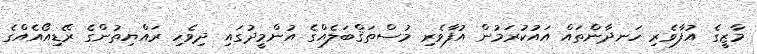
މާޒީގެ އުފާވެރި ހަނދާންތައް އައުކުރަމުން އުފާވެރި މުސްތަޤްބަލެއްގެ އުންމީދުގައި ދިވެހި ރައްޔިތުންގެ ރޭޑިއޯއެއްގެ